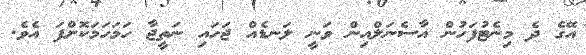
އޭގެ ދެ މިނެޓުފަހުން އާސެނަލްއިން ވަނީ ލަނޑެއް ޖަހައި ނަތީޖާ ހަމަހަމަކޮށްފަ އެވެ.